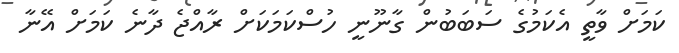
ކަމަށް ވާތީ އެކަމުގެ ސަބަބުން ގާނޫނީ ހުސްކަމަކަށް ރާއްޖެ ދާނެ ކަމަށް އޭނާ